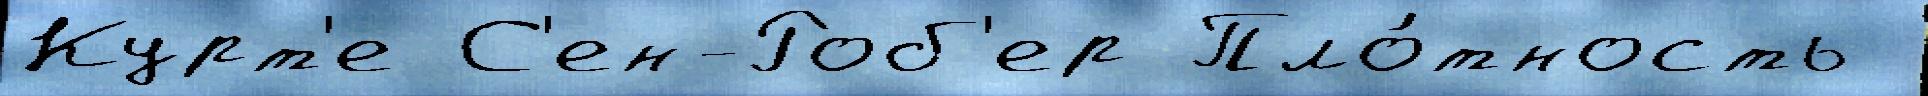
Курт'е С'ен-Роб'ер Пло́тность